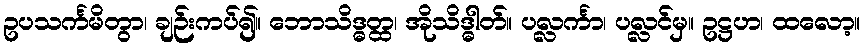
ဥပသင်္ကမိတွာ၊ ချဉ်းကပ်၍။ ဘောသိဒ္ဓတ္ထ၊ အိုသိဒ္ဓါတ်။ ပလ္လင်္ကာ၊ ပလ္လင်မှ။ ဥဋ္ဌဟ၊ ထလော့။